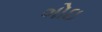
ગોઇ